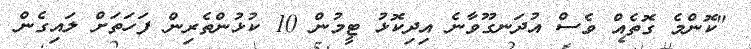
"ކޮންމެ ގޮތެއް ވެސް އުދަނގޫވާނެ އިދިކޮޅު ޓީމުން 10 ކުޅުންތެރިން ފަހަތަށް ލައިގެން